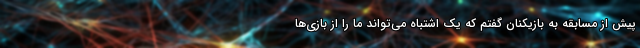
پیش از مسابقه به بازیکنان گفتم که یک اشتباه می‌تواند ما را از بازی‌ها